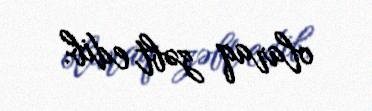
olaraq zəbt edib.